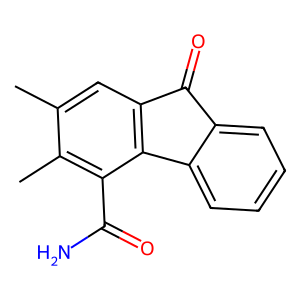
SMILES: Cc1cc2c(c(C(N)=O)c1C)-c1ccccc1C2=O
Inhibits HIV replication: No